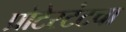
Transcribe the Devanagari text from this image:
प्रोटेस्टंटचा